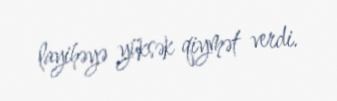
layihəyə yüksək qiymət verdi.